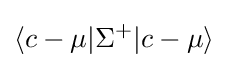
\langle c-\mu |\Sigma ^{+}|c-\mu \rangle